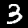
Label: 3